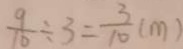
\frac { 9 } { 1 0 } \div 3 = \frac { 3 } { 1 0 } ( m )